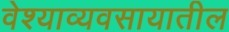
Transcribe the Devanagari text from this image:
वेश्याव्यवसायातील